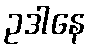
ဥဒါနေ